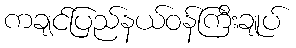
ကချင်ပြည်နယ်ဝန်ကြီးချုပ်